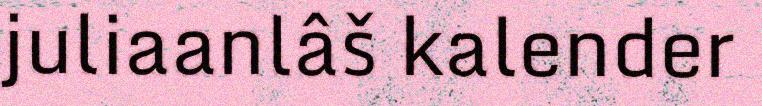
juliaanlâš kalender